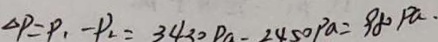
P _ { \Delta } = P _ { 1 } - P _ { 2 } = 3 4 3 0 p a - 2 4 5 0 p a = 9 8 0 p a .